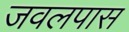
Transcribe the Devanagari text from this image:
जवलपास